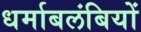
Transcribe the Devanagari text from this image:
धर्माबलंबियों